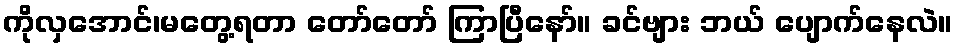
ကိုလှအောင်၊မတွေ့ရတာ တော်တော် ကြာပြီနော်။ ခင်ဗျား ဘယ် ပျောက်နေလဲ။